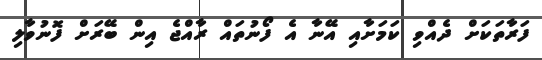
ފަރާތަކަށް ދެއްވި ކަމަށާއި އޭނާ އެ ފޯނުތައް ރާއްޖެ އިން ބޭރަށް ފޮނުވާލި